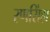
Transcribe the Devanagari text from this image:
रणसिंहा